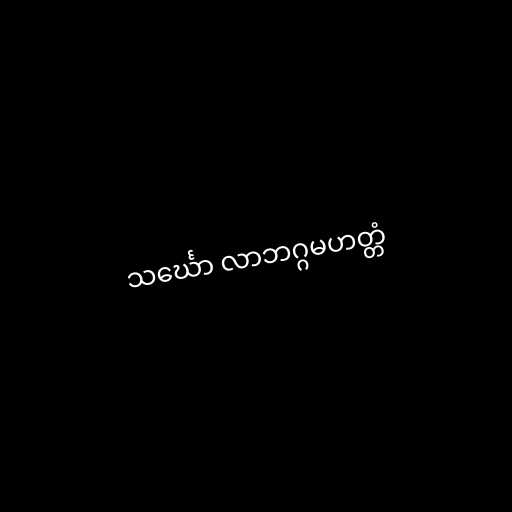
သင်္ဃော လာဘဂ္ဂမဟတ္တံ